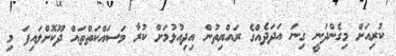
ކުރިއަށް މިގެންދަނީ ގިނަ އަދަދެއްގެ ރައްޔިތުން އިދިއުޅުމަށް ކުރާ މަސައްކަތްތައް ދޫކޮށްލައިފަ މި